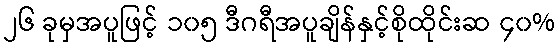
၂၆ ခုမှအပူဖြင့် ၁၀၅ ဒီဂရီအပူချိန်နှင့်စိုထိုင်းဆ ၄၀%